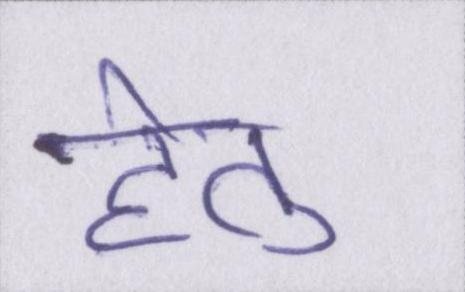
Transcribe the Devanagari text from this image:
हेतु